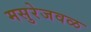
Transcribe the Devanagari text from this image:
मसुरेजवळ